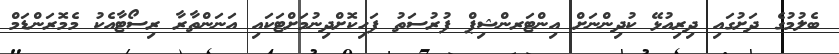
ބެލުމުގެ ދަށުގައި ދިރިއުޅޭ ކުދިންނަށް އިންޓަރންޝިޕް ފުރުސަތު ފަހިކޮށްދިނުމަށްޓަކައި އަނަންތާރާ ރިސޯޓާއެކު މެމޮރަންޑަމް